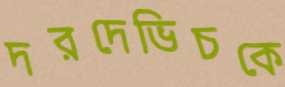
দরদেভিচকে